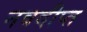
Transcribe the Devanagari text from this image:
नवदीप्त